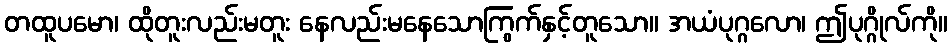
တထူပမော၊ ထိုတူးလည်းမတူး နေလည်းမနေသောကြွက်နှင့်တူသော။ အယံပုဂ္ဂလော၊ ဤပုဂ္ဂိုလ်ကို။